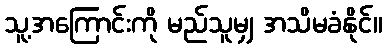
သူ့အကြောင်းကို မည်သူမျှ အသိမခံနိုင်။